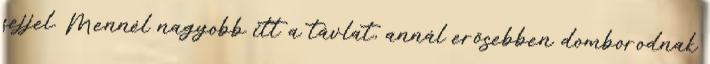
fejjel. Mennél nagyobb itt a távlat, annál erősebben domborodnak